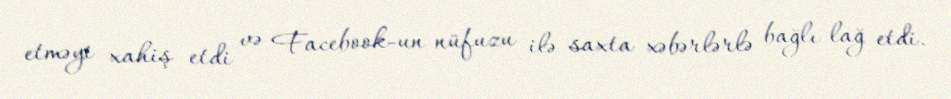
etməyi xahiş etdi və Facebook-un nüfuzu ilə saxta xəbərlərlə bağlı lağ etdi.